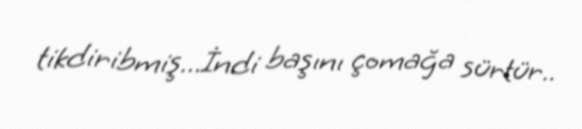
tikdiribmiş...İndi başını çomağa sürtür..